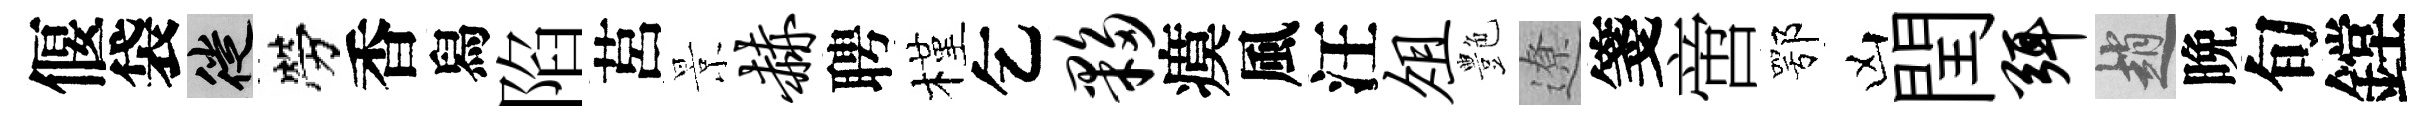
偃袋徙勞香舄陷莒景赫聘槿乞夥瘼風汪俎艶遼箋啻鄂凶閏弭趙晩旬鏜